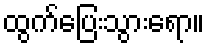
ထွက်ပြေးသွားရော။